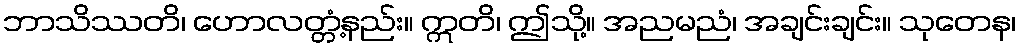
ဘာသိဿတိ၊ ဟောလတ္တံ့နည်း။ ဣတိ၊ ဤသို့။ အညမညံ၊ အချင်းချင်း။ သုတေန၊